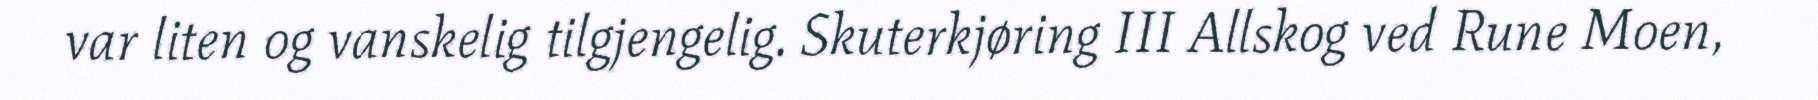
var liten og vanskelig tilgjengelig. Skuterkjøring III Allskog ved Rune Moen,